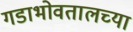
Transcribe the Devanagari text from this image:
गडाभोवतालच्या